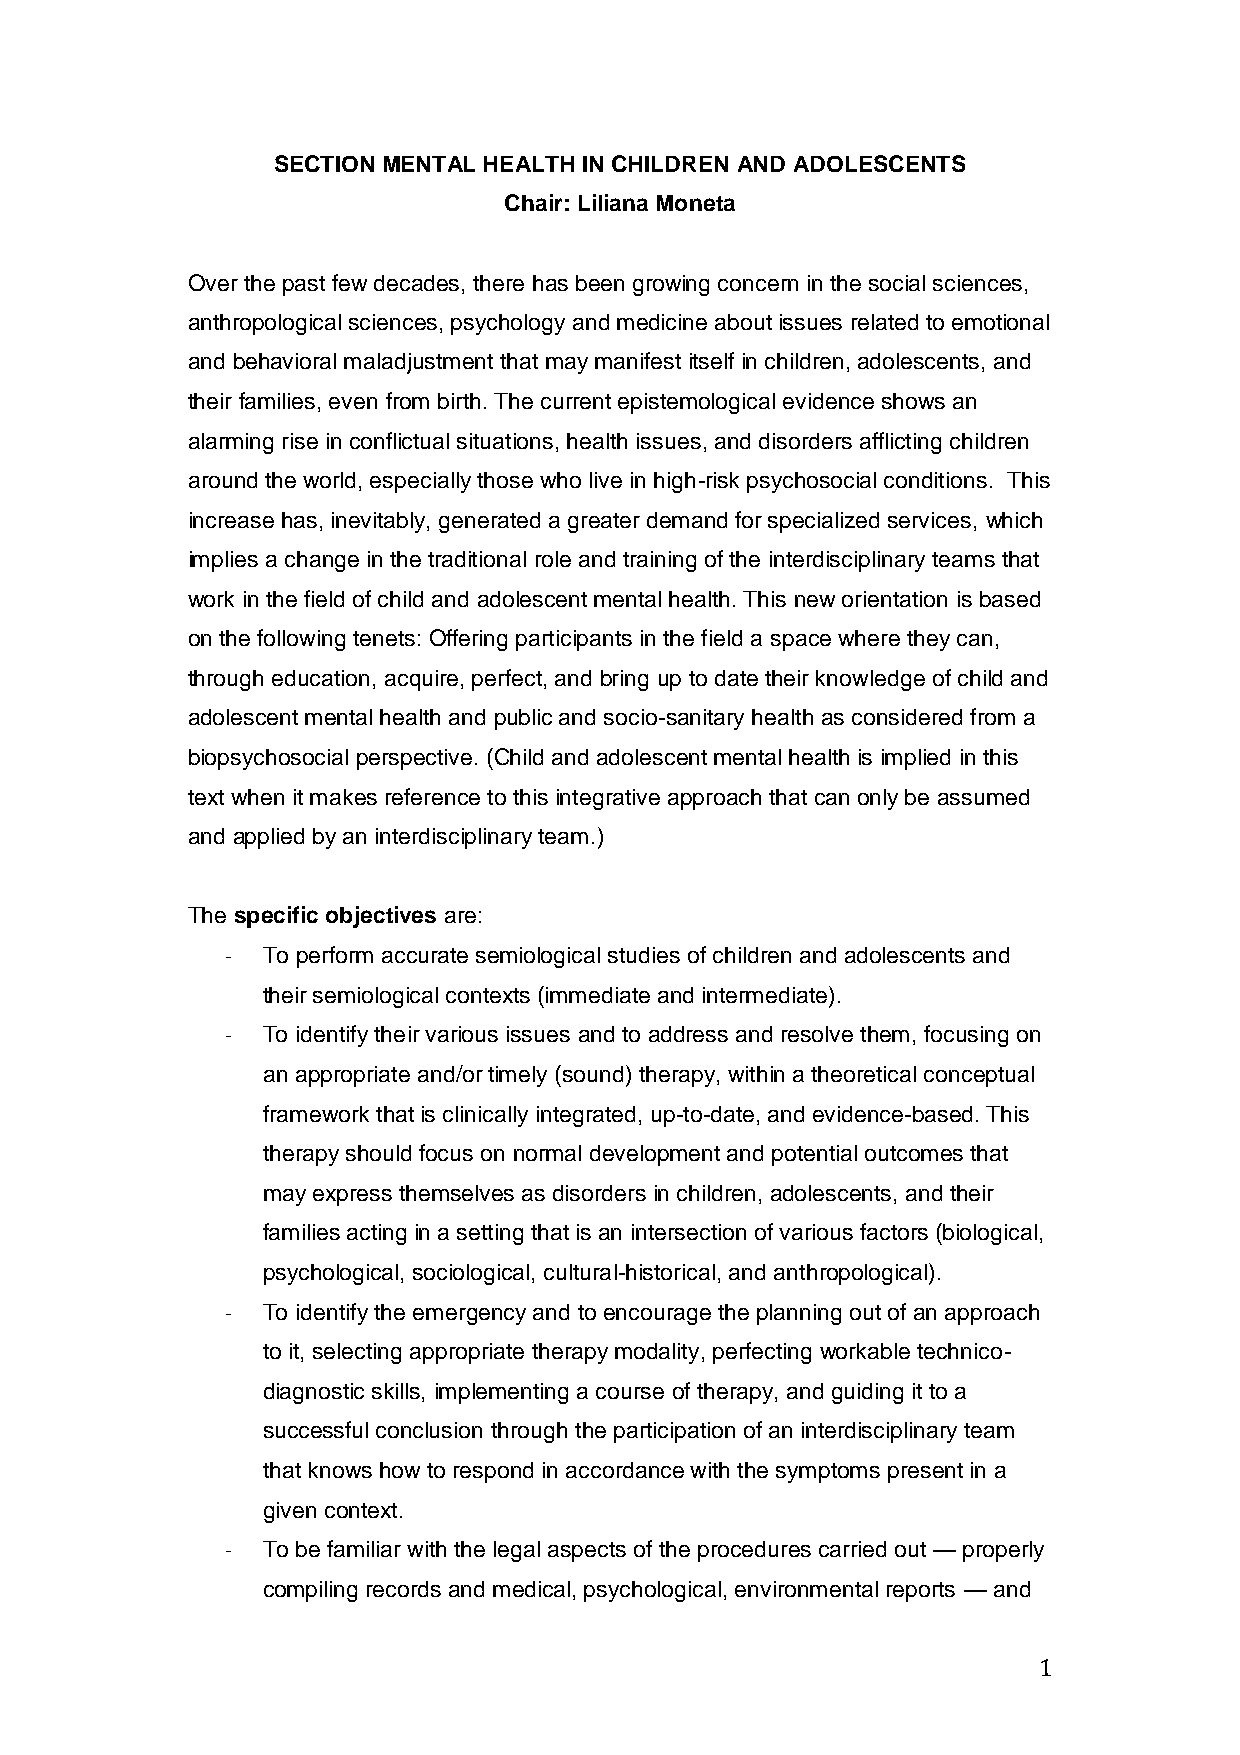
SECTION MENTAL HEALTH IN CHILDREN AND ADOLESCENTS
 Chair: Liliana Moneta
 Over the past few decades, there has been growing concern in the social sciences,
 anthropological sciences, psychology and medicine about issues related to emotional
 and behavioral maladjustment that may manifest itself in children, adolescents, and
 their families, even from birth. The current epistemological evidence shows an
 alarming rise in conflictual situations, health issues, and disorders afflicting children
 around the world, especially those who live in high-risk psychosocial conditions. This
 increase has, inevitably, generated a greater demand for specialized services, which
 implies a change in the traditional role and training of the interdisciplinary teams that
 work in the field of child and adolescent mental health. This new orientation is based
 on the following tenets: Offering participants in the field a space where they can,
 through education, acquire, perfect, and bring up to date their knowledge of child and
 adolescent mental health and public and socio-sanitary health as considered from a
 biopsychosocial perspective. (Child and adolescent mental health is implied in this
 text when it makes reference to this integrative approach that can only be assumed
 and applied by an interdisciplinary team.)
 The specific objectives are:
 - To perform accurate semiological studies of children and adolescents and
 their semiological contexts (immediate and intermediate).
 - To identify their various issues and to address and resolve them, focusing on
 an appropriate and/or timely (sound) therapy, within a theoretical conceptual
 framework that is clinically integrated, up-to-date, and evidence-based. This
 therapy should focus on normal development and potential outcomes that
 may express themselves as disorders in children, adolescents, and their
 families acting in a setting that is an intersection of various factors (biological,
 psychological, sociological, cultural-historical, and anthropological).
 - To identify the emergency and to encourage the planning out of an approach
 to it, selecting appropriate therapy modality, perfecting workable technico-
 diagnostic skills, implementing a course of therapy, and guiding it to a
 successful conclusion through the participation of an interdisciplinary team
 that knows how to respond in accordance with the symptoms present in a
 given context.
 - To be familiar with the legal aspects of the procedures carried out — properly
 compiling records and medical, psychological, environmental reports — and
 1